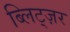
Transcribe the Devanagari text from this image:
ब्लिट्ज़र